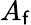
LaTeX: A_{\mathsf{f}}